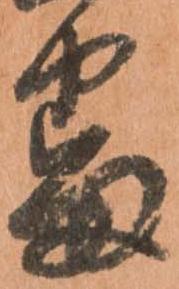
番